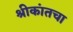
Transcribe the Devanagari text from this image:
श्रीकांतचा